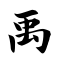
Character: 禹